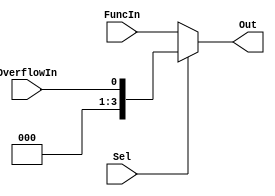
module led_mux #(parameter WIDTH=4) (Out, Sel, FuncIn, OverflowIn); 

	input [WIDTH-1:0]  FuncIn;
	input OverflowIn;
	input Sel; //The selection line 
	output reg [3:0] Out; //The single 2-bit output line of the Mux 


	//This always statement check the state of the input lines 
	always @ (FuncIn or OverflowIn or Sel) begin 
		case (Sel) 
			1'b1 : Out = OverflowIn; 
			default : Out = FuncIn; 
			//If input is undefined then output is undefined 
		endcase 
	end  



endmodule